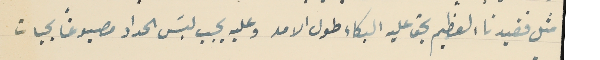
مثل فقيدنا العظيم يحق عليه البكاء طول الامد وعليه يجب لبسَ الحداد مصبوغاً بحبات